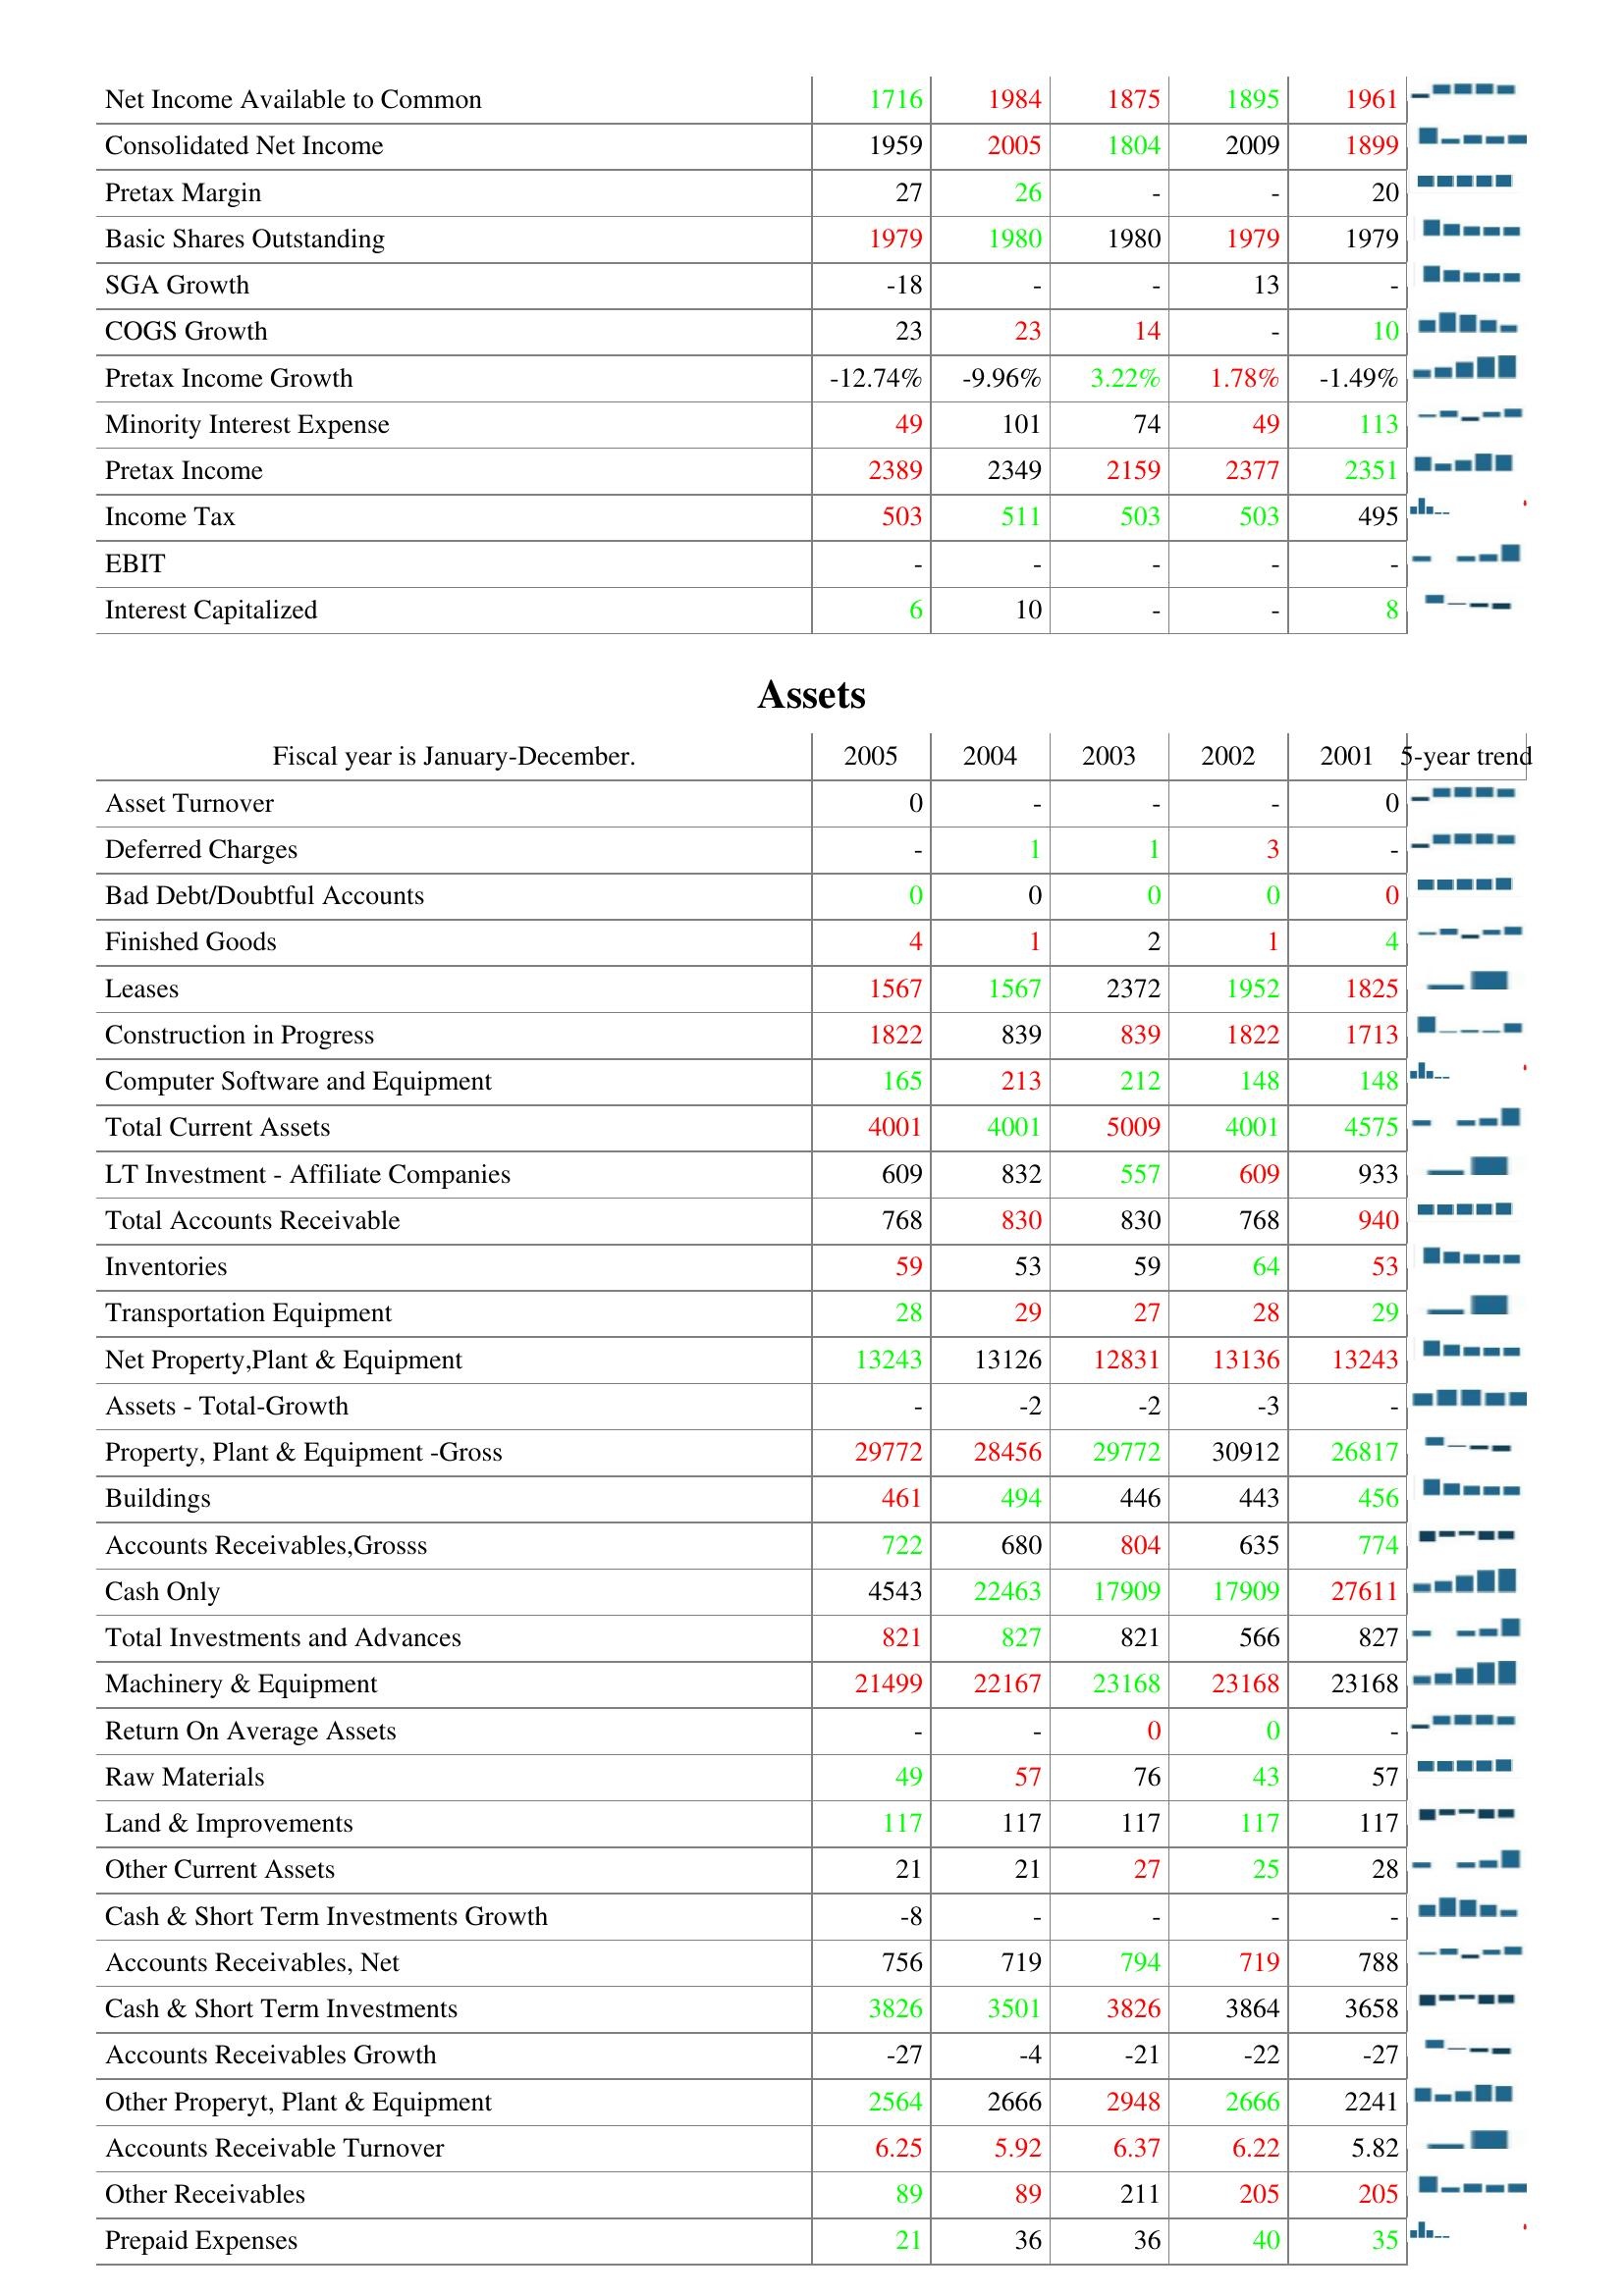
2005: : Net Income Available to Common: 1716
Consolidated Net Income: 1959
Pretax Margin: 27
Basic Shares Outstanding: 1979
SGA Growth: -18
COGS Growth: 23
Pretax Income Growth: -12.74%
Minority Interest Expense: 49
Pretax Income: 2389
Income Tax: 503
EBIT: -
Interest Capitalized: 6
Assets: Asset Turnover: 0
Deferred Charges: -
Bad Debt/Doubtful Accounts: 0
Finished Goods: 4
Leases: 1567
Construction in Progress: 1822
Computer Software and Equipment: 165
Total Current Assets: 4001
LT Investment - Affiliate Companies: 609
Total Accounts Receivable: 768
Inventories: 59
Transportation Equipment: 28
Net Property,Plant & Equipment: 13243
Assets - Total-Growth: -
Property, Plant & Equipment -Gross: 29772
Buildings: 461
Accounts Receivables,Grosss: 722
Cash Only: 4543
Total Investments and Advances: 821
Machinery & Equipment: 21499
Return On Average Assets: -
Raw Materials: 49
Land & Improvements: 117
Other Current Assets: 21
Cash & Short Term Investments Growth: -8
Accounts Receivables, Net: 756
Cash & Short Term Investments: 3826
Accounts Receivables Growth: -27
Other Properyt, Plant & Equipment: 2564
Accounts Receivable Turnover: 6.25
Other Receivables: 89
Prepaid Expenses: 21
2004: : Net Income Available to Common: 1984
Consolidated Net Income: 2005
Pretax Margin: 26
Basic Shares Outstanding: 1980
SGA Growth: -
COGS Growth: 23
Pretax Income Growth: -9.96%
Minority Interest Expense: 101
Pretax Income: 2349
Income Tax: 511
EBIT: -
Interest Capitalized: 10
Assets: Asset Turnover: -
Deferred Charges: 1
Bad Debt/Doubtful Accounts: 0
Finished Goods: 1
Leases: 1567
Construction in Progress: 839
Computer Software and Equipment: 213
Total Current Assets: 4001
LT Investment - Affiliate Companies: 832
Total Accounts Receivable: 830
Inventories: 53
Transportation Equipment: 29
Net Property,Plant & Equipment: 13126
Assets - Total-Growth: -2
Property, Plant & Equipment -Gross: 28456
Buildings: 494
Accounts Receivables,Grosss: 680
Cash Only: 22463
Total Investments and Advances: 827
Machinery & Equipment: 22167
Return On Average Assets: -
Raw Materials: 57
Land & Improvements: 117
Other Current Assets: 21
Cash & Short Term Investments Growth: -
Accounts Receivables, Net: 719
Cash & Short Term Investments: 3501
Accounts Receivables Growth: -4
Other Properyt, Plant & Equipment: 2666
Accounts Receivable Turnover: 5.92
Other Receivables: 89
Prepaid Expenses: 36
2003: : Net Income Available to Common: 1875
Consolidated Net Income: 1804
Pretax Margin: -
Basic Shares Outstanding: 1980
SGA Growth: -
COGS Growth: 14
Pretax Income Growth: 3.22%
Minority Interest Expense: 74
Pretax Income: 2159
Income Tax: 503
EBIT: -
Interest Capitalized: -
Assets: Asset Turnover: -
Deferred Charges: 1
Bad Debt/Doubtful Accounts: 0
Finished Goods: 2
Leases: 2372
Construction in Progress: 839
Computer Software and Equipment: 212
Total Current Assets: 5009
LT Investment - Affiliate Companies: 557
Total Accounts Receivable: 830
Inventories: 59
Transportation Equipment: 27
Net Property,Plant & Equipment: 12831
Assets - Total-Growth: -2
Property, Plant & Equipment -Gross: 29772
Buildings: 446
Accounts Receivables,Grosss: 804
Cash Only: 17909
Total Investments and Advances: 821
Machinery & Equipment: 23168
Return On Average Assets: 0
Raw Materials: 76
Land & Improvements: 117
Other Current Assets: 27
Cash & Short Term Investments Growth: -
Accounts Receivables, Net: 794
Cash & Short Term Investments: 3826
Accounts Receivables Growth: -21
Other Properyt, Plant & Equipment: 2948
Accounts Receivable Turnover: 6.37
Other Receivables: 211
Prepaid Expenses: 36
2002: : Net Income Available to Common: 1895
Consolidated Net Income: 2009
Pretax Margin: -
Basic Shares Outstanding: 1979
SGA Growth: 13
COGS Growth: -
Pretax Income Growth: 1.78%
Minority Interest Expense: 49
Pretax Income: 2377
Income Tax: 503
EBIT: -
Interest Capitalized: -
Assets: Asset Turnover: -
Deferred Charges: 3
Bad Debt/Doubtful Accounts: 0
Finished Goods: 1
Leases: 1952
Construction in Progress: 1822
Computer Software and Equipment: 148
Total Current Assets: 4001
LT Investment - Affiliate Companies: 609
Total Accounts Receivable: 768
Inventories: 64
Transportation Equipment: 28
Net Property,Plant & Equipment: 13136
Assets - Total-Growth: -3
Property, Plant & Equipment -Gross: 30912
Buildings: 443
Accounts Receivables,Grosss: 635
Cash Only: 17909
Total Investments and Advances: 566
Machinery & Equipment: 23168
Return On Average Assets: 0
Raw Materials: 43
Land & Improvements: 117
Other Current Assets: 25
Cash & Short Term Investments Growth: -
Accounts Receivables, Net: 719
Cash & Short Term Investments: 3864
Accounts Receivables Growth: -22
Other Properyt, Plant & Equipment: 2666
Accounts Receivable Turnover: 6.22
Other Receivables: 205
Prepaid Expenses: 40
2001: : Net Income Available to Common: 1961
Consolidated Net Income: 1899
Pretax Margin: 20
Basic Shares Outstanding: 1979
SGA Growth: -
COGS Growth: 10
Pretax Income Growth: -1.49%
Minority Interest Expense: 113
Pretax Income: 2351
Income Tax: 495
EBIT: -
Interest Capitalized: 8
Assets: Asset Turnover: 0
Deferred Charges: -
Bad Debt/Doubtful Accounts: 0
Finished Goods: 4
Leases: 1825
Construction in Progress: 1713
Computer Software and Equipment: 148
Total Current Assets: 4575
LT Investment - Affiliate Companies: 933
Total Accounts Receivable: 940
Inventories: 53
Transportation Equipment: 29
Net Property,Plant & Equipment: 13243
Assets - Total-Growth: -
Property, Plant & Equipment -Gross: 26817
Buildings: 456
Accounts Receivables,Grosss: 774
Cash Only: 27611
Total Investments and Advances: 827
Machinery & Equipment: 23168
Return On Average Assets: -
Raw Materials: 57
Land & Improvements: 117
Other Current Assets: 28
Cash & Short Term Investments Growth: -
Accounts Receivables, Net: 788
Cash & Short Term Investments: 3658
Accounts Receivables Growth: -27
Other Properyt, Plant & Equipment: 2241
Accounts Receivable Turnover: 5.82
Other Receivables: 205
Prepaid Expenses: 35